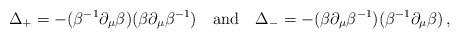
LaTeX: \begin{align*}\Delta_+=-(\beta^{-1}\partial_\mu \beta )(\beta \partial_\mu \beta^{-1})\quad {\rm and}\quad\Delta_-=-(\beta \partial_\mu \beta^{-1})(\beta^{-1}\partial_\mu \beta )\,, \end{align*}